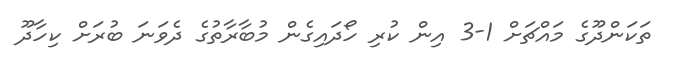
ތަކަންދޫގެ މައްޗަށް 1-3 އިން ކުރި ހޯދައިގެން މުބާރާތުގެ ދެވަނަ ބުރަށް ކިހާދޫ